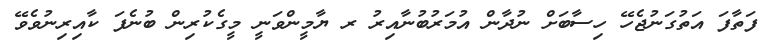
ފަތާފަ އަތުގަނުޖެހޭ ހިސާބަށް ނުދާން އުމަރުބުނާއިރު ރ ޔާމީންވަނީ މީގެކުރިން ބުނެފަ ކާއިރިނުވެވޭ